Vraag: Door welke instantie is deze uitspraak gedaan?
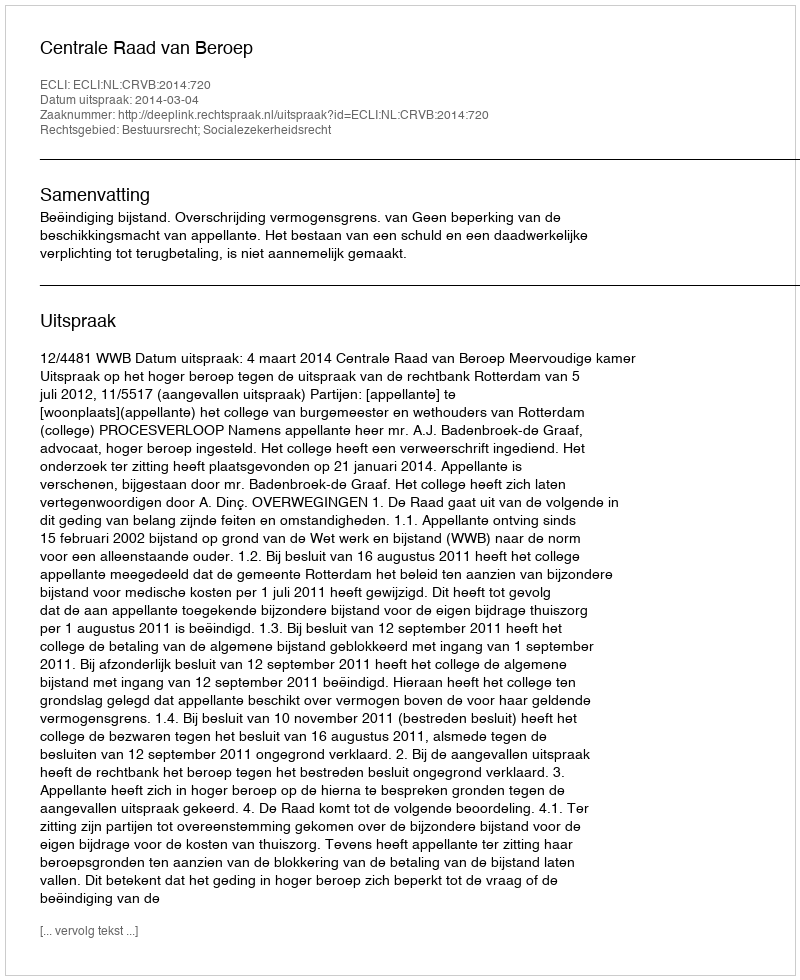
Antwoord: Centrale Raad van Beroep